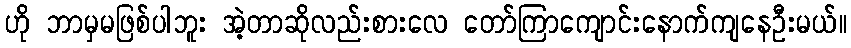
ဟို ဘာမှမဖြစ်ပါဘူး အဲ့တာဆိုလည်းစားလေ တော်ကြာကျောင်းနောက်ကျနေဦးမယ်။